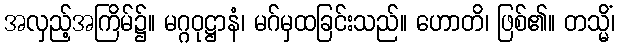
အလှည့်အကြိမ်၌။ မဂ္ဂဝုဋ္ဌာနံ၊ မဂ်မှထခြင်းသည်။ ဟောတိ၊ ဖြစ်၏။ တသ္မိံ၊